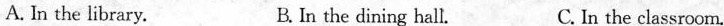
A. In the library. B. In the dining hall. C. In the classroom.